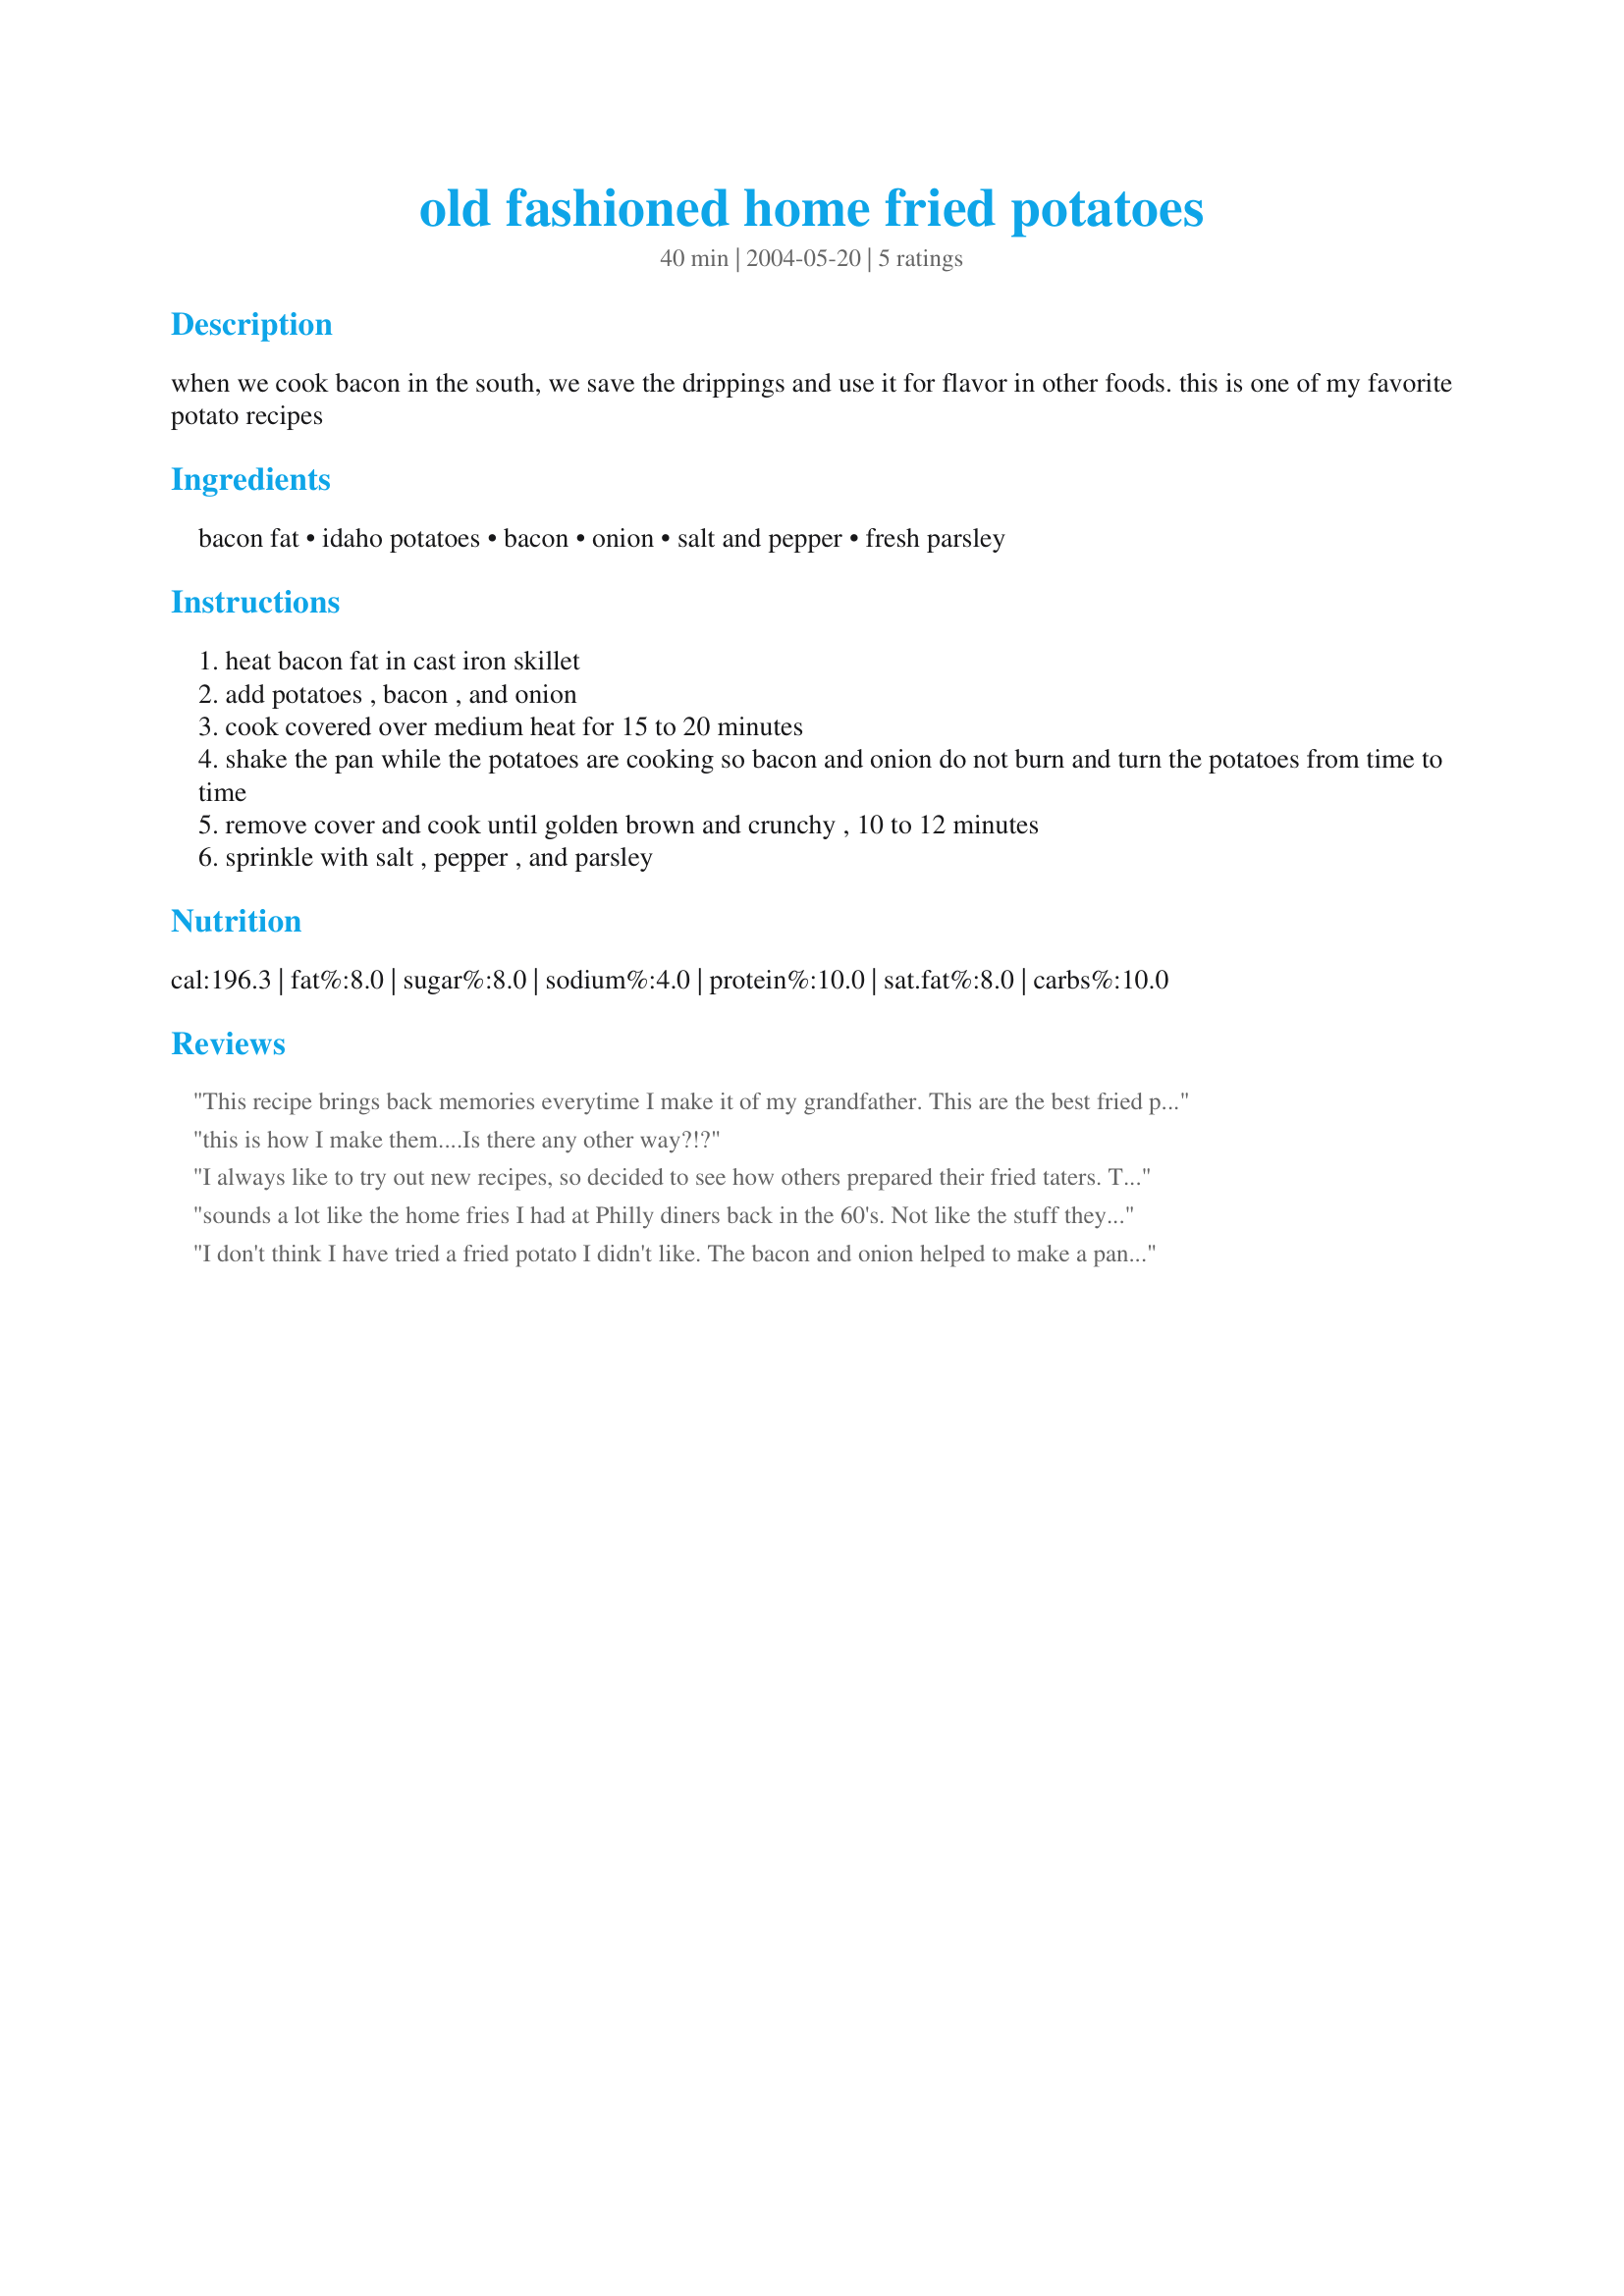
old fashioned home fried potatoes
Preparation time: 40 minutes

when we cook bacon in the south, we save the drippings and use it for flavor in other foods. this is one of my favorite potato recipes

Ingredients:
bacon fat, idaho potatoes, bacon, onion, salt and pepper, fresh parsley

Steps:
heat bacon fat in cast iron skillet
add potatoes , bacon , and onion
cook covered over medium heat for 15 to 20 minutes
shake the pan while the potatoes are cooking so bacon and onion do not burn and turn the potatoes from time to time
remove cover and cook until golden brown and crunchy , 10 to 12 minutes
sprinkle with salt , pepper , and parsley

Reviews:
This recipe brings back memories everytime I make it of my grandfather. This are the best fried potatoes. You can use leftover bakes potatoes that have been stored in the refrigerator for this recipe. Also, you can crack an egg in it to make it a meal. MMMmmmm....good
this is how I make them....Is there any other way?!?
I always like to try out new recipes, so decided to see how others prepared their fried taters. This is the way I make them, excluding the bacon. I live in southwest Missouri, which isn't that far south, but I also save my bacon grease (drippings) in a covered bowl and store in the refrigerator to use later on for frying potatoes, making wilted lettuce, and to add to green beans, spinach, greens, etc...I'm sure that it's not considered healthy cooking, but the smoke flavor of bacon is so yummy!
sounds a lot like the home fries I had at Philly diners back in the 60's. Not like the stuff they call home fries today. Having them tonight.
I don't think I have tried a fried potato I didn't like. The bacon and onion helped to make a panful of flavorful potatoes. 

Thanks Recipe Fairy.

Bullwinkle.
